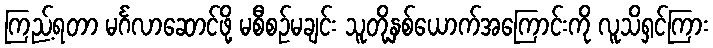
ကြည့်ရတာ မင်္ဂလာဆောင်ဖို့ မစီစဉ်မချင်း သူတို့နှစ်ယောက်အကြောင်းကို လူသိရှင်ကြား